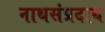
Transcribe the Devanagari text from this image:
नाथसंप्रदाय